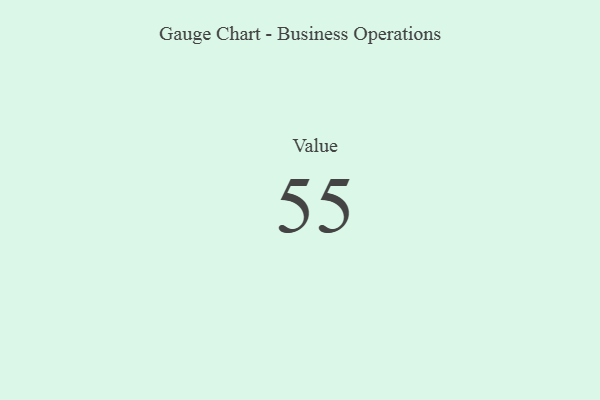
{"axis": {"x": "Metric", "y": "Value"}, "legend": [""], "data": [{"x": "Value", "y": 55, "type": ""}]}